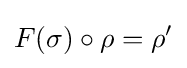
F(\sigma )\circ \rho =\rho '